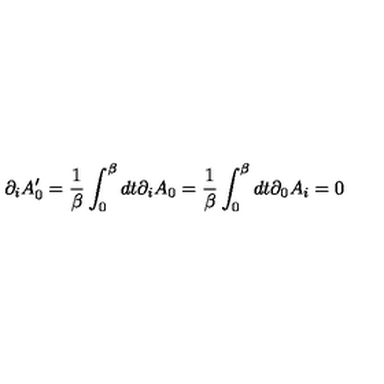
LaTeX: \partial _ { i } A _ { 0 } ^ { \prime } = { \frac { 1 } { \beta } } \int _ { 0 } ^ { \beta } d t \partial _ { i } A _ { 0 } = { \frac { 1 } { \beta } } \int _ { 0 } ^ { \beta } d t \partial _ { 0 } A _ { i } = 0